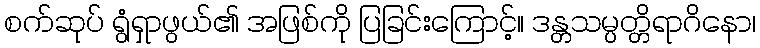
စက်ဆုပ် ရွံရှာဖွယ်၏ အဖြစ်ကို ပြခြင်းကြောင့်။ ဒန္တသမ္ပတ္တိရာဂိနော၊